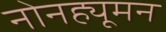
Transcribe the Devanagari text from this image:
नोनह्यूमन